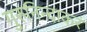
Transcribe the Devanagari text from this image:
गुरुनिन्दाकरं